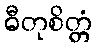
ဓီတုစိတ္တံ